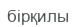
бірқилы